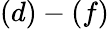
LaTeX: (d)-(f)